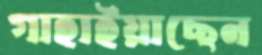
গাহাইয়াছেন